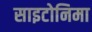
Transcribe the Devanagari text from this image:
साइटोनिमा